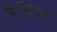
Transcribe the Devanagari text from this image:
कैलियर्स